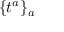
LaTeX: \{ t ^ { a } \} _ { a }